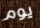
يوم